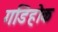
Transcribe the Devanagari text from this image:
गडिहोक